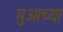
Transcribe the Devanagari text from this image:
मुआच्या